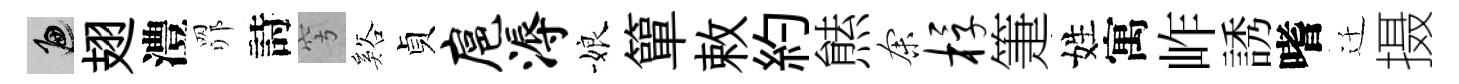
遍翅澧𦊑詩穹谿貞扈溽娘簞敕約㷱余桴箑姓寓岞誘嗜迁摄